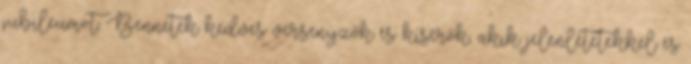
jubileumot. Bennetek kedves versenyzők és kísérők, akik jelenlétetekkel és